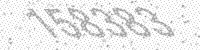
Solution: 158383